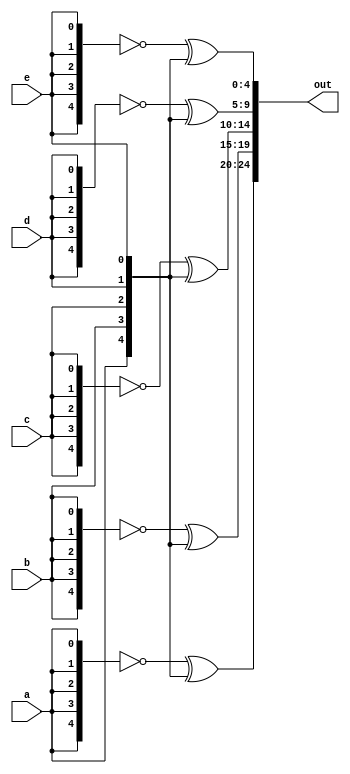
// This program was cloned from: https://github.com/matthlud/HDLBits
// License: Apache License 2.0

module top_module (
    input a, b, c, d, e,
    output [24:0] out );//

    // The output is XNOR of two vectors created by 
    // concatenating and replicating the five inputs.
    assign out[24:20] = ~{5{a}} ^ {a, b, c, d, e};
    assign out[19:15] = ~{5{b}} ^ {a, b, c, d, e};
    assign out[14:10] = ~{5{c}} ^ {a, b, c, d, e};
    assign out[9:5] = ~{5{d}} ^ {a, b, c, d, e};
    assign out[4:0] = ~{5{e}} ^ {a, b, c, d, e};

endmodule